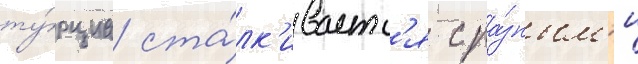
ту́рциа ста́лк'иваетс'я с ра́зным'и